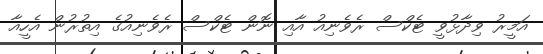
އަމީރު ވިދާޅުވީ ޓެކްސް ރެވެނިއު އާއި ނޮން ޓެކްސް ރެވެނިއުގެ އިތުރުން އެހީއާ